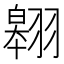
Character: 翱